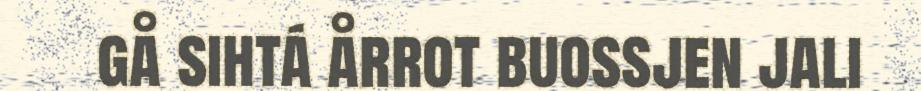
gå sihtá årrot buossjen jali